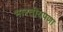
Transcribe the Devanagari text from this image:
भारतीयपणा